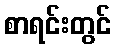
စာရင်းတွင်